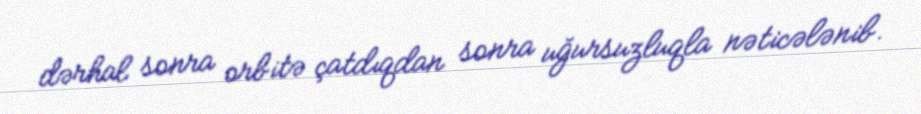
dərhal sonra orbitə çatdıqdan sonra uğursuzluqla nəticələnib.